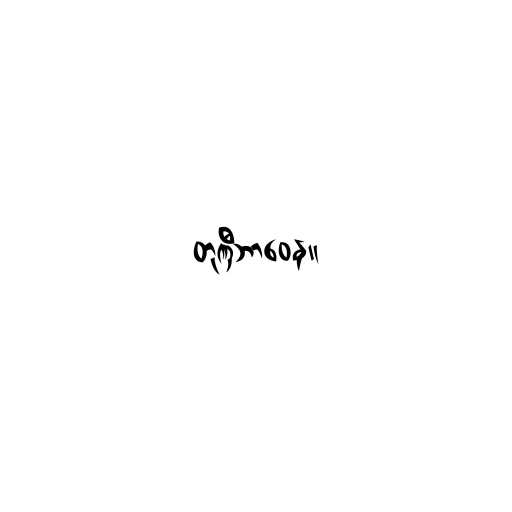
တုဏှီဘာဝေန။